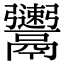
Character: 𩱫